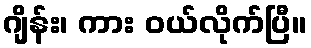
ဂျိန်း၊ ကား ဝယ်လိုက်ပြီ။